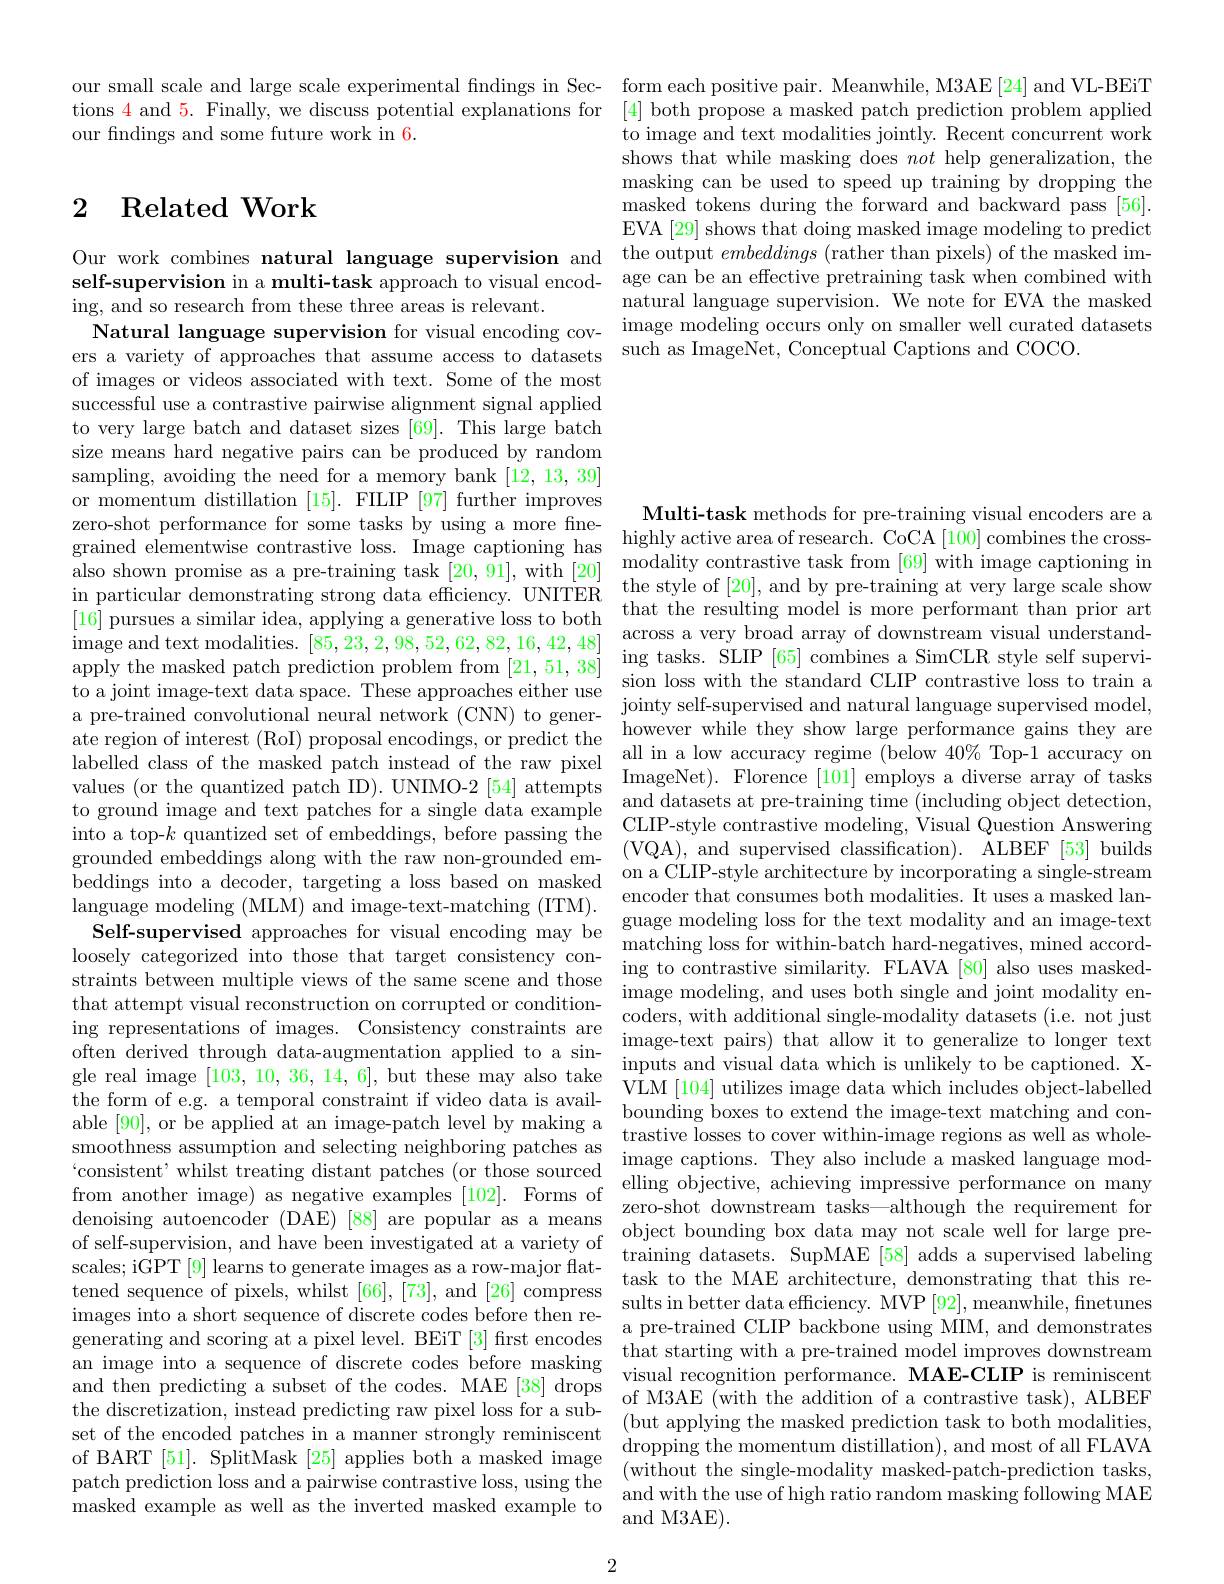
to image and text modalities shows that while masking doe masking can be used to speed up training by dropping the masked tokens during the for EVA [29] shows that doing masked image modeling to predict
Our work combines natural language supervision and the output $embeddings($rather than pixels) of the masked imself-supervision in a multi-task approach to visual encod- age can be an effective pretraining task when combined with
natural language supervision. We note for EVA the masked
Natural language supervision
ers a variety of approaches that assume access to datasets such as ImageNet, Conceptual Captions and COCO.

our small scale and large sc tions $\color{red}{4\mathrm{~and~5.~Fina}}$ our findings and some future

### 2 Related Work

ing, and so research from th
of images or videos associated with text. Some of the most successful use a contrastive pairwise alignment signal applied to very large batch and dataset sizes [69]. This large batch size means hard negative pairs can be produced by random sampling, avoiding the need for a memory bank [12,13,39] or momentum distillation [15]. FILIP [97] further improves zero-shot performance for so $\begin{array}{llll}\text{also shown promise as a pre-training ta}\end{array}$ rimageandext modalities, [5 ate regon of interest (RoI) to ground image and text pathes for a single data example CLIP-style chuding object detection,into a top-k quantized set of enbeddings, before modeling, Visual Question Answering grounded embeddings along with the raw nonergrounded em- (VQA), and superv $\begin{aligned}&\text{veunngs mito a decodeling (MLM) and image-text-matching (ITM).}&\text{encoder that consumes both modalities. It uses a masked lan-}\\&\text{language modeling (MLM) and image-text-matching (ITM).}&\text{encoder that consumes both modalities. It uses a}\mathrm{~masked~lan-}\\\end{aligned}$ Self- supervised approaches for visual encoding may beguage modeling loss for the text modality and an image- text matching loss for within- bat harø ss for within- batch hard- negatives, mined accord-
stholes tagrani kin blines thing gragingatin pons stheriner dines ther sther sther sther sther sther sther sther grin adartuman sarvinen con contrante conther condinde sther sther ther ther ther ther ther ther ther ther ther ther ther ther th $\begin{array}{c}\text{an image into a sequence of discrete codes}\end{array}$ the discretization, instead patch prediction loss and a
$\begin{array}{lll}\text{patul preduction Ioss alu a pali wiset omul'asuve bss, usng the}&\text{and with the use of high ratio random masking following MAE}\\\text{masked example as well as the inverted masked example to}&\text{and with the use of high ratio random masking following MAE}\end{array}$

2

Multi-task methods for pre-training visual encoders are a modality contrastive task from [69] with image captioning in